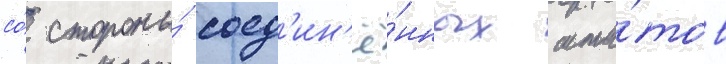
со́ стороны́ соед'ин'ё́нных шта́тов